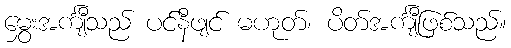
မွှေးအင်္ကျီသည် ပင်နီဖျင် မဟုတ်၊ ပိတ်အင်္ကျီဖြစ်သည်။